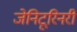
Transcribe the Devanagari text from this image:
जेनिटूरिनरी